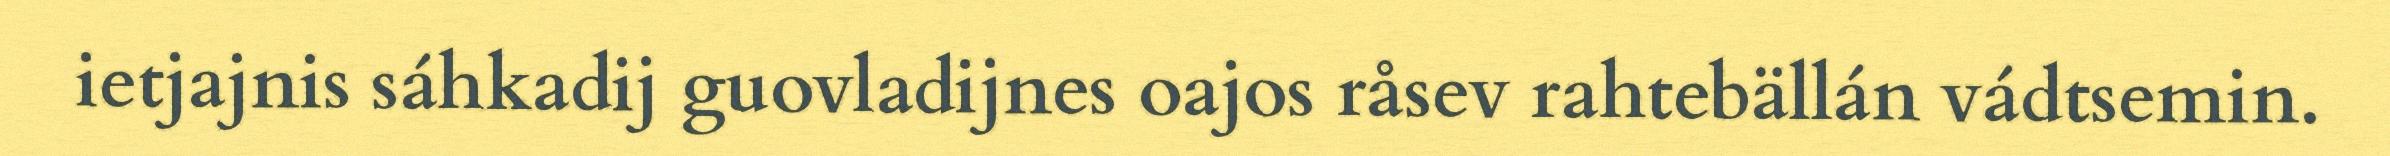
ietjajnis sáhkadij guovladijnes oajos råsev rahtebällán vádtsemin.